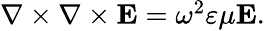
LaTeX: \begin{array}{r}{\nabla\times\nabla\times\mathbf{E}=\omega^{2}\varepsilon\mu\mathbf{E}.}\end{array}